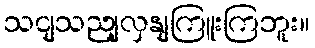
သငျသညျလှနျကြူးကြဘူး။